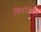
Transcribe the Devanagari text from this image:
बिसवांऔर